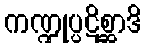
ကဏ္ဍုပ္ပဋိစ္ဆာဒိ